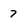
Character: 7